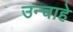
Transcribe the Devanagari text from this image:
उन्चाहे